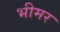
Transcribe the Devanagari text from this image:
भीमर